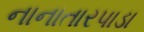
નાનાતારપાડા